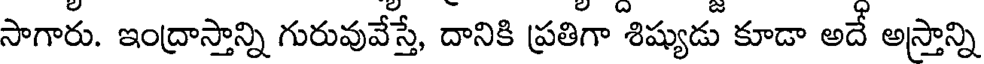
సాగారు. ఇంద్రాస్తాన్ని గురువువేస్తే, దానికి ప్రతిగా శిష్యుడు కూడా అదే అస్తాన్ని